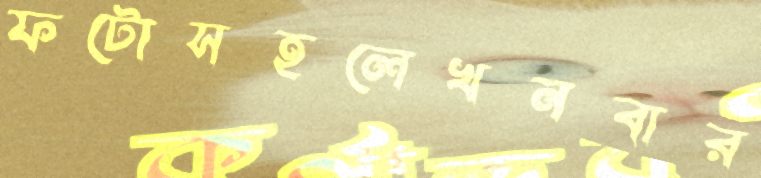
ফটোসহলেখনবার